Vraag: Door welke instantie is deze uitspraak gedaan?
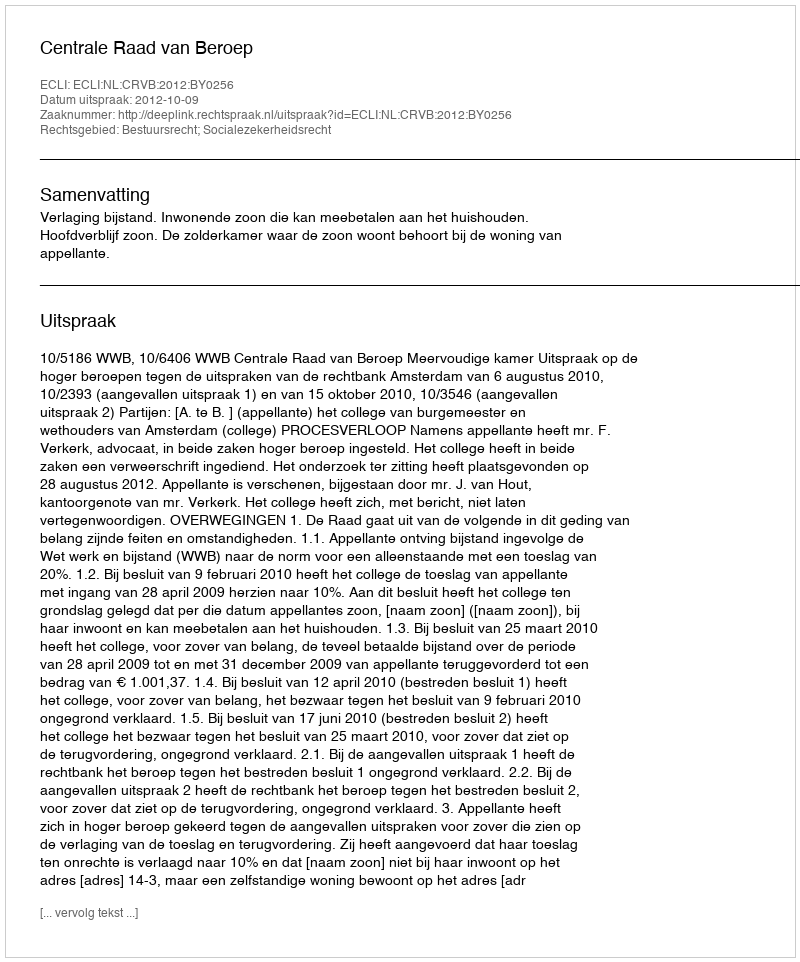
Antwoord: Centrale Raad van Beroep